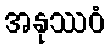
အနုဿဝံ